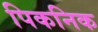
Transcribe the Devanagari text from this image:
पिकनिक